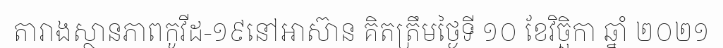
តារាងស្ថានភាពកូវីដ-១៩នៅអាស៊ាន គិតត្រឹមថ្ងៃទី ១០ ខែវិច្ឆិកា ឆ្នាំ ២០២១